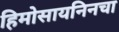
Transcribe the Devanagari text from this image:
हिमोसायनिनचा